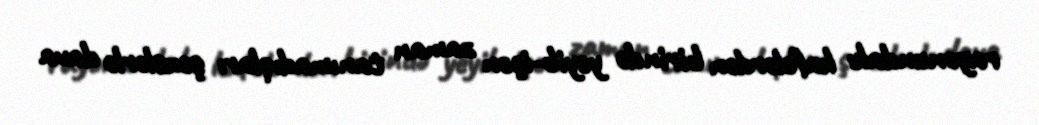
rayonundakı kafelərdən birində yeyib-içən zaman tanımadıqları şəxslərlə dava